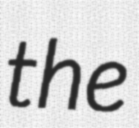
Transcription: the